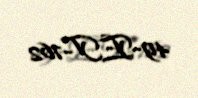
49-ET-762